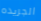
الجريده